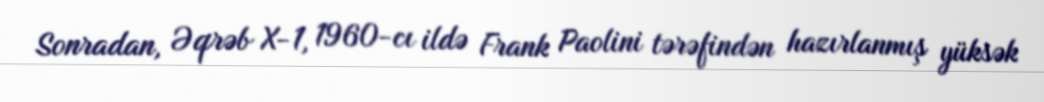
Sonradan, Əqrəb X-1, 1960-cı ildə Frank Paolini tərəfindən hazırlanmış yüksək